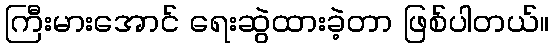
ကြီးမားအောင် ရေးဆွဲထားခဲ့တာ ဖြစ်ပါတယ်။